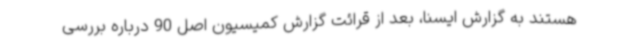
هستند به گزارش ایسنا، بعد از قرائت گزارش کمیسیون اصل 90 درباره بررسی